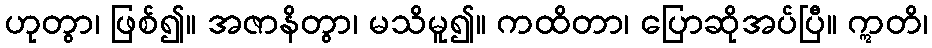
ဟုတွာ၊ ဖြစ်၍။ အဇာနိတွာ၊ မသိမူ၍။ ကထိတာ၊ ပြောဆိုအပ်ပြီ။ ဣတိ၊